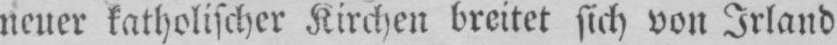
neuer katholischer Kirchen breitet sich von Irland